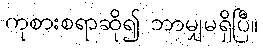
ကုစားစရာဆို၍ ဘာမျှမရှိပြီ။